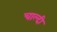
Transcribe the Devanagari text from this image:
चाल्दी